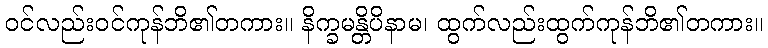
ဝင်လည်းဝင်ကုန်ဘိ၏တကား။ နိက္ခမန္တိပိနာမ၊ ထွက်လည်းထွက်ကုန်ဘိ၏တကား။